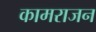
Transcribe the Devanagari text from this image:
कामराजन